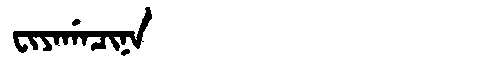
Manchu: ᠸᡳᠶᠠᡤᠠᠴᡳᠨᠠ
Romanization: FIYAGACINA